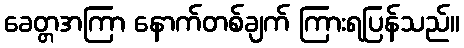
ခေတ္တအကြာ နောက်တစ်ချက် ကြားရပြန်သည်။